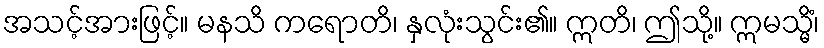
အသင့်အားဖြင့်။ မနသိ ကရောတိ၊ နှလုံးသွင်း၏။ ဣတိ၊ ဤသို့။ ဣမသ္မိံ၊